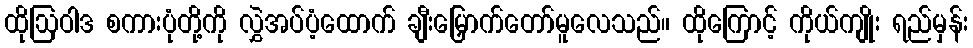
ထိုဩဝါဒ စကားပုံတို့ကို လွှဲအပ်ပံ့ထောက် ချီးမြှောက်တော်မူလေသည်။ ထိုကြောင့် ကိုယ်ကျိုး ရည်မှန်း